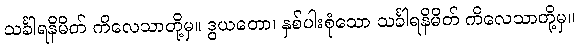
သင်္ခါရနိမိတ် ကိလေသာတို့မှ။ ဒွယတော၊ နှစ်ပါးစုံသော သင်္ခါရနိမိတ် ကိလေသာတို့မှ။